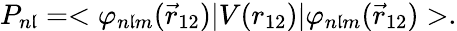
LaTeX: P_{n\mathfrak{l}}=<\varphi_{n\mathfrak{l}m}(\vec{{r}}_{12})|V(r_{12})|\varphi_{n\mathfrak{l}m}(\vec{{r}}_{12})>.